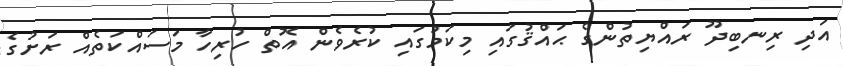
އަދި ރިނބިދޫ ރައްޔިތުންގެ ޙައްޤުގައި މިކަމުގައި ކުރެވެން އޮތް ހުރިހާ މަސައްކަތެއް ރަށުގެ